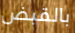
بالقبض